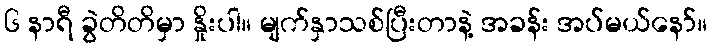
၆ နာရီ ခွဲတိတိမှာ နှိုးပါ။ မျက်နှာသစ်ပြီးတာနဲ့ အခန်း အပ်မယ်နော်။